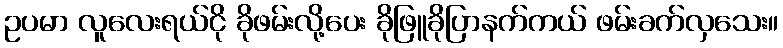
ဥပမာ လူလေးရယ်ငို ခိုဖမ်းလို့ပေး ခိုဖြူခိုပြာနက်ကယ် ဖမ်းခက်လှသေး။